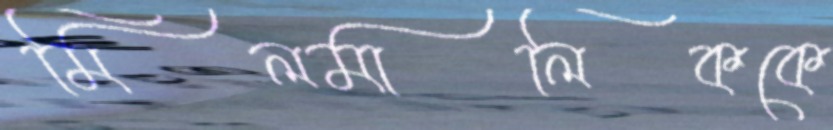
মিলমালিককে